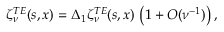
\zeta _ { \nu } ^ { T E } ( s , x ) = \Delta _ { 1 } \zeta _ { \nu } ^ { T E } ( s , x ) \, \left( 1 + { \cal O } ( \nu ^ { - 1 } ) \right) ,